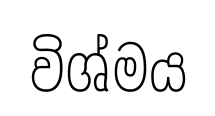
විශ්මය